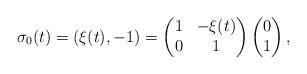
LaTeX: \begin{align*}\sigma_0(t) = (\xi(t),-1) = \begin{pmatrix} 1 & -\xi(t) \\ 0 &1\end{pmatrix} \begin{pmatrix} 0\\1\end{pmatrix},\end{align*}